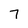
Character: 7